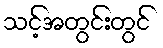
သင့်အတွင်းတွင်